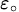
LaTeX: \scriptstyle{\varepsilon_{\circ}}